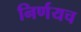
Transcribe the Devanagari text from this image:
निर्णयच